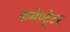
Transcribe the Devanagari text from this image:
कमेण्ट्रेटर